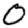
Digit: 0